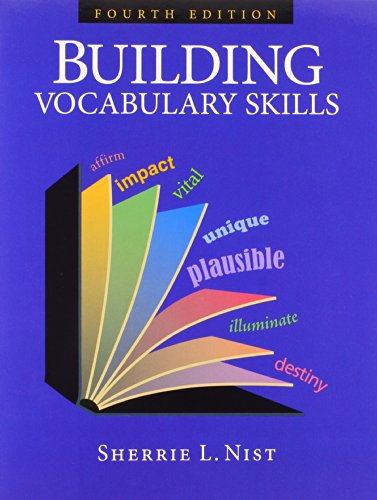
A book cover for Building Vocabulary Skills; Sherrie L. Nist; Reference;